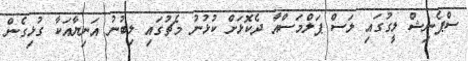
ސްޕެނިޝް ލީގުގައި ލަސް ޕަލްމަސްއާ ދެކޮޅަށް ކުޅުނު މެޗުގައި ލިބުނު އަނިޔާއަކާ ގުޅިގެން